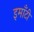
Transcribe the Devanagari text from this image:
इमाँटी